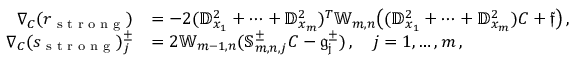
\begin{array} { r l } { \nabla _ { C } ( r _ { \textrm { s t r o n g } } ) } & { = - 2 ( \mathbb { D } _ { x _ { 1 } } ^ { 2 } + \cdots + \mathbb { D } _ { x _ { m } } ^ { 2 } ) ^ { T } \mathbb { W } _ { m , n } \big ( ( \mathbb { D } _ { x _ { 1 } } ^ { 2 } + \cdots + \mathbb { D } _ { x _ { m } } ^ { 2 } ) C + \mathfrak { f } \big ) \, , } \\ { \nabla _ { C } ( s _ { \textrm { s t r o n g } } ) _ { j } ^ { \pm } } & { = 2 \mathbb { W } _ { m - 1 , n } ( \mathbb { S } _ { m , n , j } ^ { \pm } C - \mathfrak { g _ { j } ^ { \pm } } ) \, , \quad j = 1 , \dots , m \, , } \end{array}